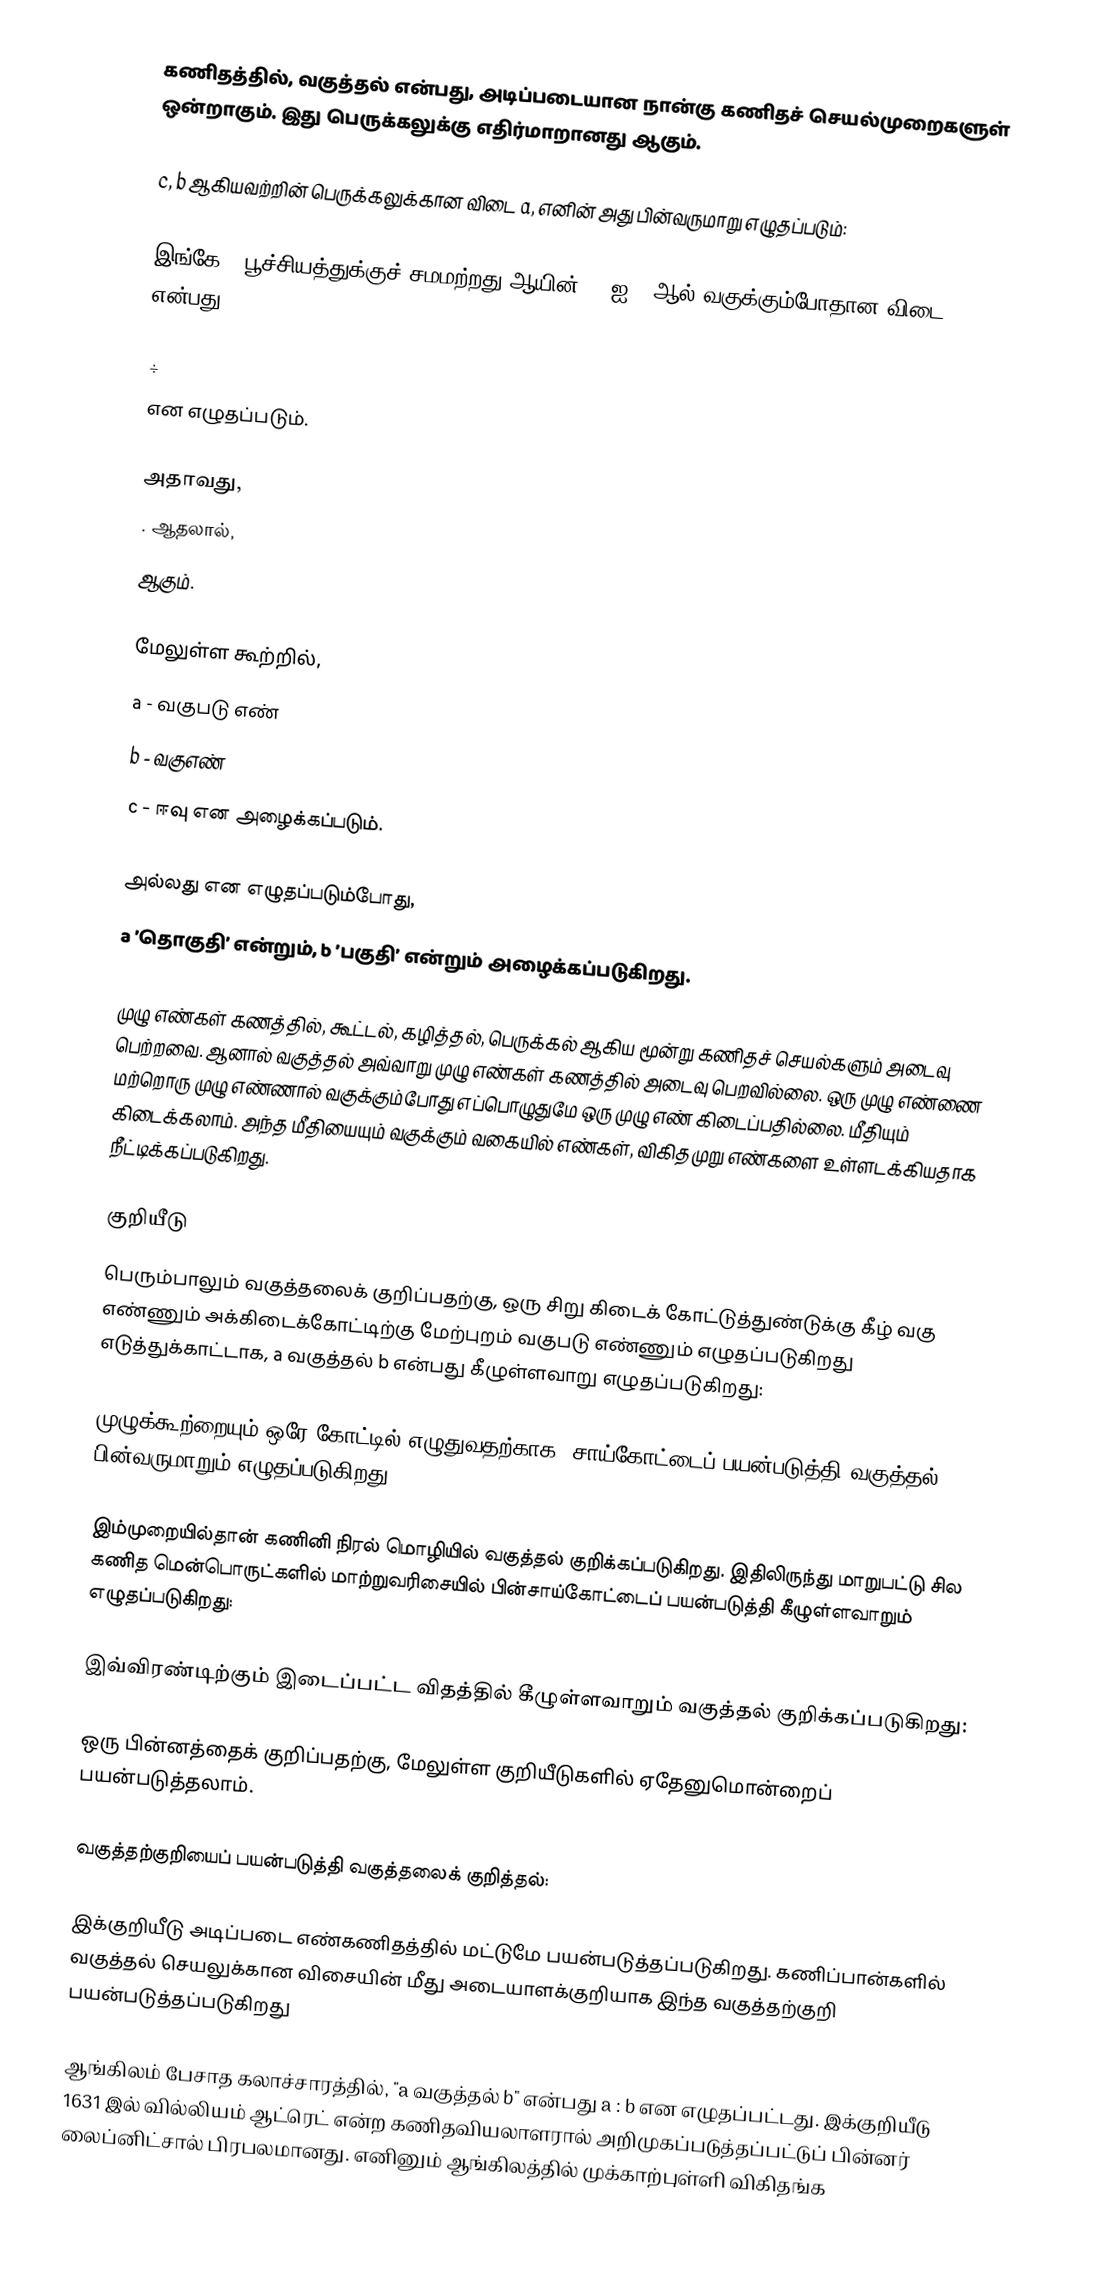
கணிதத்தில், வகுத்தல் என்பது, அடிப்படையான நான்கு கணிதச் செயல்முறைகளுள் ஒன்றாகும். இது பெருக்கலுக்கு எதிர்மாறானது ஆகும்.

c, b ஆகியவற்றின் பெருக்கலுக்கான விடை a, எனின் அது பின்வருமாறு எழுதப்படும்:

இங்கே b பூச்சியத்துக்குச் சமமற்றது ஆயின், a ஐ b ஆல் வகுக்கும்போதான விடை c, என்பது,

 ÷
என எழுதப்படும்.

அதாவது,
. ஆதலால்,
 ஆகும்.

மேலுள்ள கூற்றில்,
a - வகுபடு எண்
b - வகுஎண்
c - ஈவு  என அழைக்கப்படும்.

 அல்லது  என எழுதப்படும்போது,
a ’தொகுதி’ என்றும், b ’பகுதி’ என்றும் அழைக்கப்படுகிறது.

முழு எண்கள் கணத்தில், கூட்டல், கழித்தல்,  பெருக்கல் ஆகிய மூன்று கணிதச் செயல்களும் அடைவு பெற்றவை. ஆனால் வகுத்தல் அவ்வாறு முழு எண்கள் கணத்தில் அடைவு பெறவில்லை. ஒரு முழு எண்ணை மற்றொரு முழு எண்ணால் வகுக்கும்போது எப்பொழுதுமே ஒரு முழு எண் கிடைப்பதில்லை. மீதியும் கிடைக்கலாம். அந்த மீதியையும் வகுக்கும் வகையில் எண்கள், விகிதமுறு எண்களை உள்ளடக்கியதாக  நீட்டிக்கப்படுகிறது.

குறியீடு
பெரும்பாலும் வகுத்தலைக் குறிப்பதற்கு, ஒரு சிறு கிடைக் கோட்டுத்துண்டுக்கு கீழ் வகு எண்ணும் அக்கிடைக்கோட்டிற்கு மேற்புறம் வகுபடு எண்ணும் எழுதப்படுகிறது எடுத்துக்காட்டாக,  a வகுத்தல் b என்பது கீழுள்ளவாறு எழுதப்படுகிறது:

முழுக்கூற்றையும் ஒரே கோட்டில் எழுதுவதற்காக, சாய்கோட்டைப் பயன்படுத்தி வகுத்தல் பின்வருமாறும் எழுதப்படுகிறது:

இம்முறையில்தான் கணினி நிரல் மொழியில் வகுத்தல் குறிக்கப்படுகிறது. இதிலிருந்து மாறுபட்டு சில கணித மென்பொருட்களில் மாற்றுவரிசையில் பின்சாய்கோட்டைப் பயன்படுத்தி கீழுள்ளவாறும் எழுதப்படுகிறது:

இவ்விரண்டிற்கும் இடைப்பட்ட விதத்தில் கீழுள்ளவாறும் வகுத்தல் குறிக்கப்படுகிறது:

ஒரு பின்னத்தைக் குறிப்பதற்கு, மேலுள்ள குறியீடுகளில் ஏதேனுமொன்றைப் பயன்படுத்தலாம்.

வகுத்தற்குறியைப் பயன்படுத்தி வகுத்தலைக் குறித்தல்:

இக்குறியீடு அடிப்படை எண்கணிதத்தில் மட்டுமே பயன்படுத்தப்படுகிறது. கணிப்பான்களில் வகுத்தல் செயலுக்கான விசையின் மீது அடையாளக்குறியாக இந்த வகுத்தற்குறி பயன்படுத்தப்படுகிறது

ஆங்கிலம் பேசாத கலாச்சாரத்தில், "a வகுத்தல் b" என்பது a : b என எழுதப்பட்டது. இக்குறியீடு 1631 இல் வில்லியம் ஆட்ரெட் என்ற கணிதவியலாளரால் அறிமுகப்படுத்தப்பட்டுப் பின்னர் லைப்னிட்சால் பிரபலமானது. எனினும் ஆங்கிலத்தில் முக்காற்புள்ளி விகிதங்க